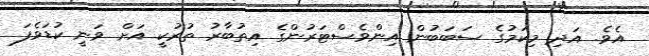
އެވެ. އަދި މިކަމުގެ ސަބަބުން އިންވެސްޓަރުންގެ އިތުބާރު ތުރުކީ އަށް ވަނީ ކުޑަވެފަ